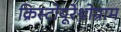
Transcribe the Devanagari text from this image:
क्रिस्टोयूरेथ्रोग्राम